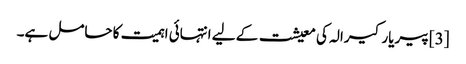
[3] پیریار کیرالہ کی معیشت کے لیے انتہائی اہمیت کا حامل ہے۔